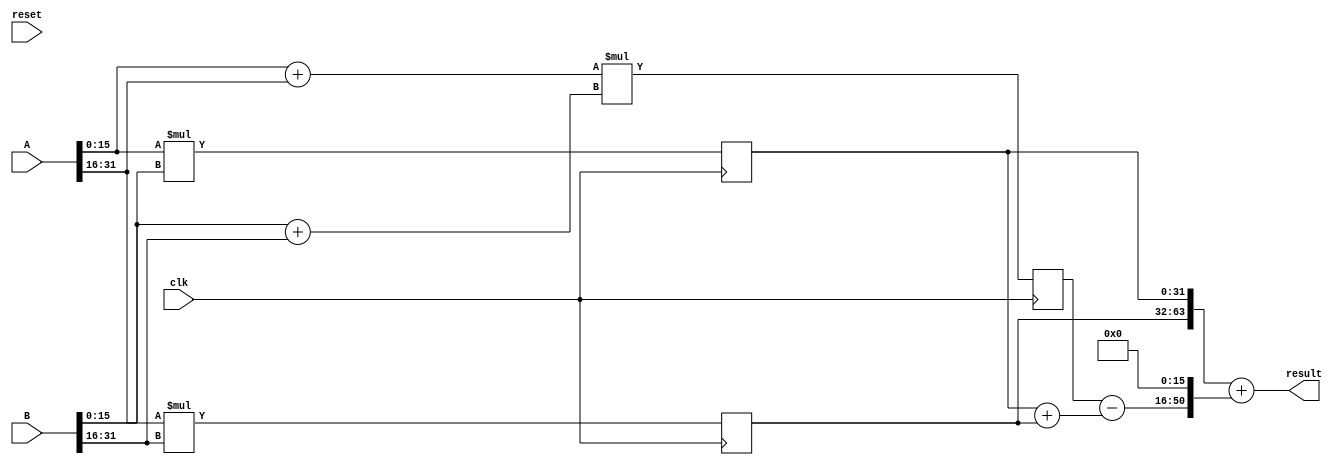
`timescale 1ns / 1ps
//////////////////////////////////////////////////////////////////////////////////
// Company: 
// Engineer: 
// 
// Design Name: 
// Module Name:    mult32 
// Project Name: 
// Target Devices: 
// Tool versions: 
// Description: 
//
// Dependencies: 
//
// Revision: 
// Revision 0.01 - File Created
// Additional Comments: 
//
//////////////////////////////////////////////////////////////////////////////////
module mult32(
    A,
	B,
	clk,
	reset,
	result
    );
	 
	input [31:0] A;
	input [31:0] B;
	input clk;
	input reset;
	output [63:0] result;

	wire [15:0] A0, A1, B0, B1;
	reg [31:0] A0B0, A1B1;
	//wire [31:0] A0B0, A1B1;
	wire [16:0] AS, BS;
	reg [33:0] ASBS;
	//wire [33:0] ASBS;

	assign A0 = A[15:0];
	assign A1 = A[31:16];
	assign B0 = B[15:0];
	assign B1 = B[31:16];

	assign AS = A0 + A1;
	assign BS = B0 + B1;
	
	//assign A0B0 = A0 * B0;

	 //assign A1B1 = A1 * B1;

	 //assign ASBS = AS * BS;

///*
always @(posedge clk)begin
	 A0B0 <= A0 * B0;

	 A1B1 <= A1 * B1;

	 ASBS <= AS * BS;
	 
	 //result <= {A1B1, A0B0} + {midTerm, 16'b0};
	end
	//*/

	wire [32:0] sumM16;
	assign sumM16 = A0B0 + A1B1;

	wire [34:0] midTerm;
	assign midTerm = ASBS - sumM16;

	assign result = {A1B1, A0B0} + {midTerm, 16'b0};

endmodule